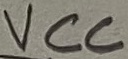
Text: VCC